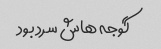
گوجه هاش سرد بود